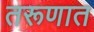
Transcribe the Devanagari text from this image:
तरूणात